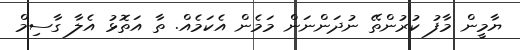
ޔާމީން މާފު ކުރުންތޭ ނުދަންނަން މަމެން އެކަމެއް. ތާ އަަތޮޅު އެލާ ގާސިމް